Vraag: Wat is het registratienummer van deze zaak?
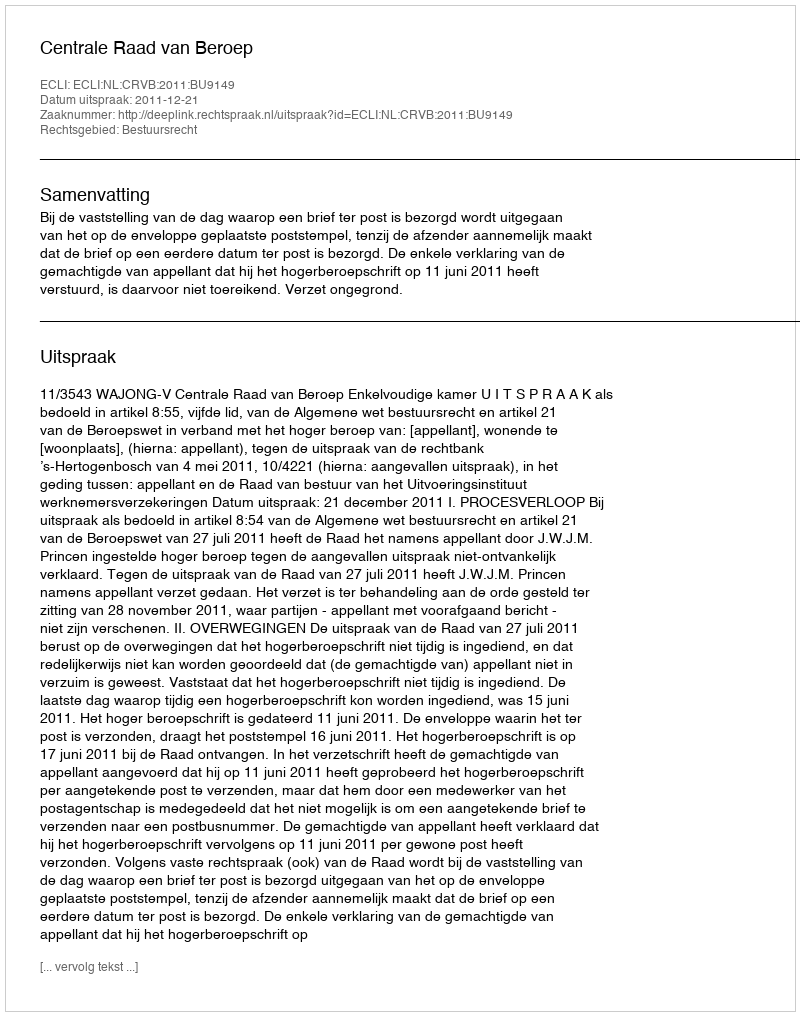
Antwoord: http://deeplink.rechtspraak.nl/uitspraak?id=ECLI:NL:CRVB:2011:BU9149